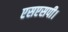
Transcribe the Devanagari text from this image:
एसएसपी।